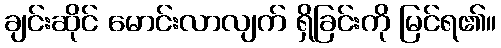
ချင်းဆိုင် မောင်းလာလျက် ရှိခြင်းကို မြင်ရ၏။